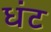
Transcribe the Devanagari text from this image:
धंट